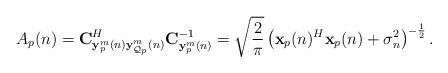
LaTeX: \begin{align*}A_p(n)=\mathbf{C}^H_{\mathbf{y}^m_p(n)\mathbf{y}^m_{\mathcal{Q}_p}(n)}\mathbf{C}^{-1}_{\mathbf{y}^m_p(n)}= \sqrt{\frac{2}{\pi}}\left(\mathbf{x}_p(n)^H\mathbf{x}_p(n)+\sigma_n^2\right)^{-\frac{1}{2}}.\end{align*}